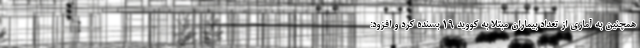
همچنین به آماری از تعداد بیماران مبتلا به کووید ۱۹ بسنده کرد و افزود: